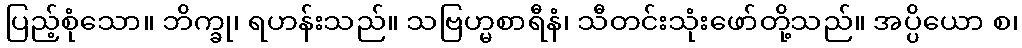
ပြည့်စုံသော။ ဘိက္ခု၊ ရဟန်းသည်။ သဗြဟ္မစာရီနံ၊ သီတင်းသုံးဖော်တို့သည်။ အပ္ပိယော စ၊